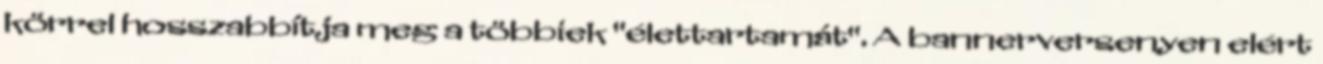
körrel hosszabbítja meg a többiek "élettartamát". A bannerversenyen elért